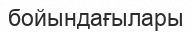
бойындағылары